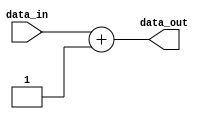
`timescale 1ns / 1ps
//////////////////////////////////////////////////////////////////////////////////
// Company: 
// Engineer: 
// 
// Design Name: 
// Module Name:    PC_Adder 
// Project Name: 
// Target Devices: 
// Tool versions: 
// Description: 
//
// Dependencies: 
//
// Revision: 
// Revision 0.01 - File Created
// Additional Comments: 
//
//////////////////////////////////////////////////////////////////////////////////
module PC_Adder(
    output [15 : 0] data_out,
    input [15 : 0] data_in
    );

	assign data_out = data_in+1;

endmodule